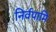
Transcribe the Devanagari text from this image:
निर्वपामि